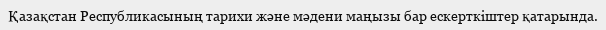
Қазақстан Республикасының тарихи және мәдени маңызы бар ескерткіштер қатарында.